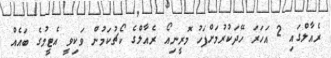
ރެއާލްގައި 2 އަހަރަ ހޭދަކުރުމަށްފަހު މޮރީނިއޯ ރެއާލްގެ ކޯޗުކަމުން ވަކިވީ އެޓީމުގެ ބައެއް